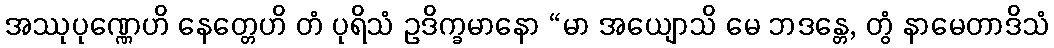
အဿုပုဏ္ဏေဟိ နေတ္တေဟိ တံ ပုရိသံ ဥဒိက္ခမာနော “မာ အယျောသိ မေ ဘဒန္တေ, တွံ နာမေတာဒိသံ